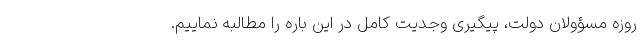
روزه مسؤولان دولت، پیگیری وجدیت کامل در این باره را مطالبه نماییم.